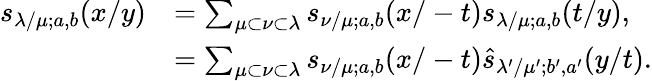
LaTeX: \begin{array}{rl}{s_{\lambda/\mu;a,b}(x/y)}&{=\sum_{\mu\subset\nu\subset\lambda}s_{\nu/\mu;a,b}(x/-t)s_{\lambda/\mu;a,b}(t/y),}\\ &{=\sum_{\mu\subset\nu\subset\lambda}s_{\nu/\mu;a,b}(x/-t)\widehat{s}_{\lambda^{\prime}/\mu^{\prime};b^{\prime},a^{\prime}}(y/t).}\end{array}